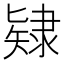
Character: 𨽹